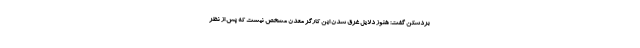
بردسکن گفت: هنوز دلایل غرق شدن این کارگر معدن مشخص نیست که پس از نظر